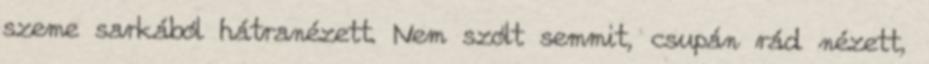
szeme sarkából hátranézett. Nem szólt semmit, csupán rád nézett,